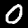
Label: 0